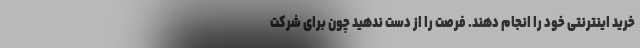
خرید اینترنتی خود را انجام دهند. فرصت را از دست ندهید چون برای شرکت